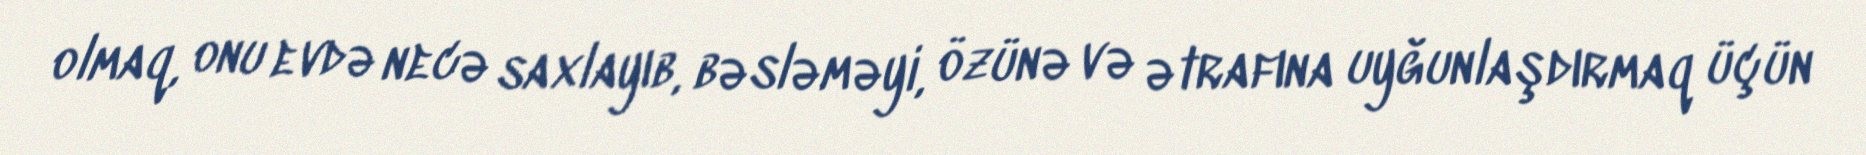
olmaq, onu evdə necə saxlayıb, bəsləməyi, özünə və ətrafına uyğunlaşdırmaq üçün